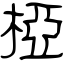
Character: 椏